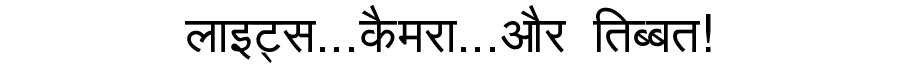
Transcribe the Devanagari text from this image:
लाइट्स...कैमरा...और तिब्बत!